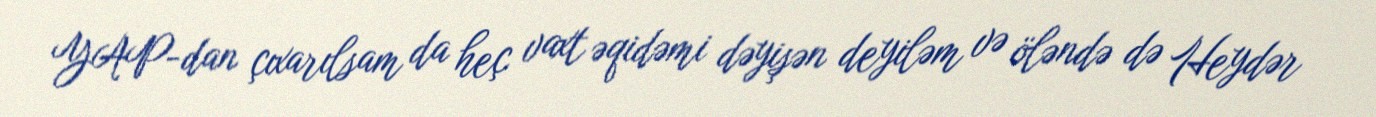
YAP-dan çıxarılsam da heç vaxt əqidəmi dəyişən deyiləm və öləndə də Heydər